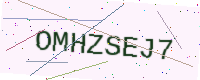
Text: OMHZSEJ7